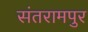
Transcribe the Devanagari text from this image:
संतरामपुर